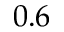
0 . 6